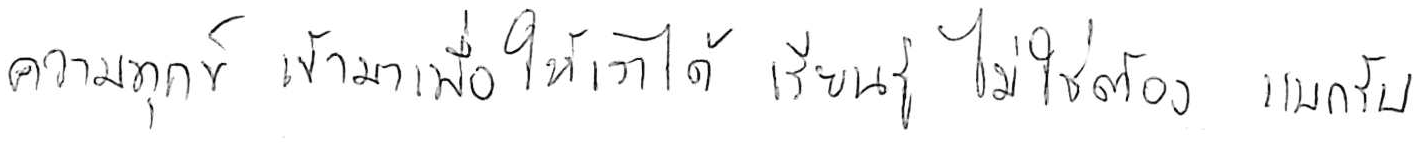
ความทุกข์ เข้ามาเพื่อให้เราได้ เรียนรู้ ไม่ใช่ต้อง แบกรับ